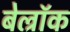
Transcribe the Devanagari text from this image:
बेल्रॉक